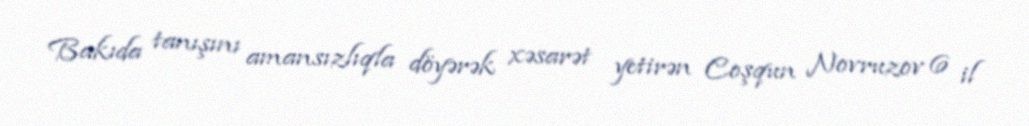
Bakıda tanışını amansızlıqla döyərək xəsarət yetirən Coşqun Novruzov 6 il